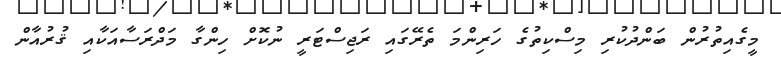
މީގެއިތުރުން ބަންދުކުރި މިސްކިތުގެ ހަރިންމަ ތެރޭގައި ރަޖިސްޓަރީ ނުކޮށް ހިންގާ މަދްރަސާއަކާއި ޤުރުއާން